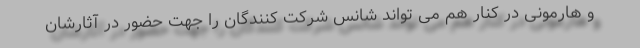
و هارمونی در کنار هم می تواند شانس شرکت کنندگان را جهت حضور در آثارشان